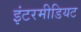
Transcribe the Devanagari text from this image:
इंटरमीडियट